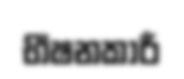
භීෂනකාරී